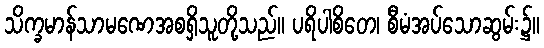
သိက္ခမာန်သာမဏေအစရှိသူတို့သည်။ ပရိပါစိတေ၊ စီမံအပ်သောဆွမ်း၌။